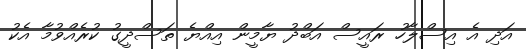
އަދި އެ އިސްލާހު ރައީސް އަބްދު ޔާމީން އިއްޔެ ތަސްދީގު ކުރެއްވުމާ އެކު